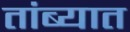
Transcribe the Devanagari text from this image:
तांब्यात